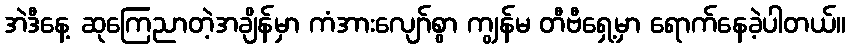
အဲဒီနေ့ ဆုကြေညာတဲ့အချိန်မှာ ကံအားလျော်စွာ ကျွန်မ တီဗီရှေ့မှာ ရောက်နေခဲ့ပါတယ်။